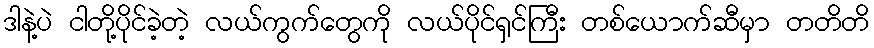
ဒါနဲ့ပဲ ငါတို့ပိုင်ခဲ့တဲ့ လယ်ကွက်တွေကို လယ်ပိုင်ရှင်ကြီး တစ်ယောက်ဆီမှာ တတိတိ